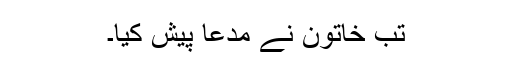
تب خاتون نے مدعا پیش کیا۔